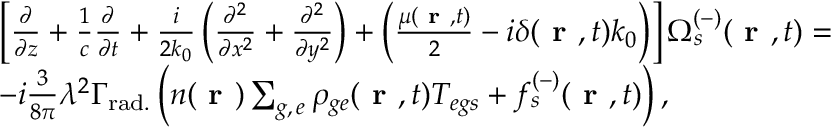
\begin{array} { r l } & { \left[ \frac { \partial } { \partial z } + \frac { 1 } { c } \frac { \partial } { \partial t } + \frac { i } { 2 k _ { 0 } } \left( \frac { \partial ^ { 2 } } { \partial x ^ { 2 } } + \frac { \partial ^ { 2 } } { \partial y ^ { 2 } } \right) + \left( \frac { \mu ( \textbf { r } , t ) } { 2 } - i \delta ( \textbf { r } , t ) k _ { 0 } \right) \right] \Omega _ { s } ^ { ( - ) } ( \textbf { r } , t ) = } \\ & { - i \frac { 3 } { 8 \pi } \lambda ^ { 2 } \Gamma _ { \mathrm { r a d . } } \left( n ( \textbf { r } ) \sum _ { g , \, e } \rho _ { g e } ( \textbf { r } , t ) T _ { e g s } + f _ { s } ^ { ( - ) } ( \textbf { r } , t ) \right) , } \end{array}